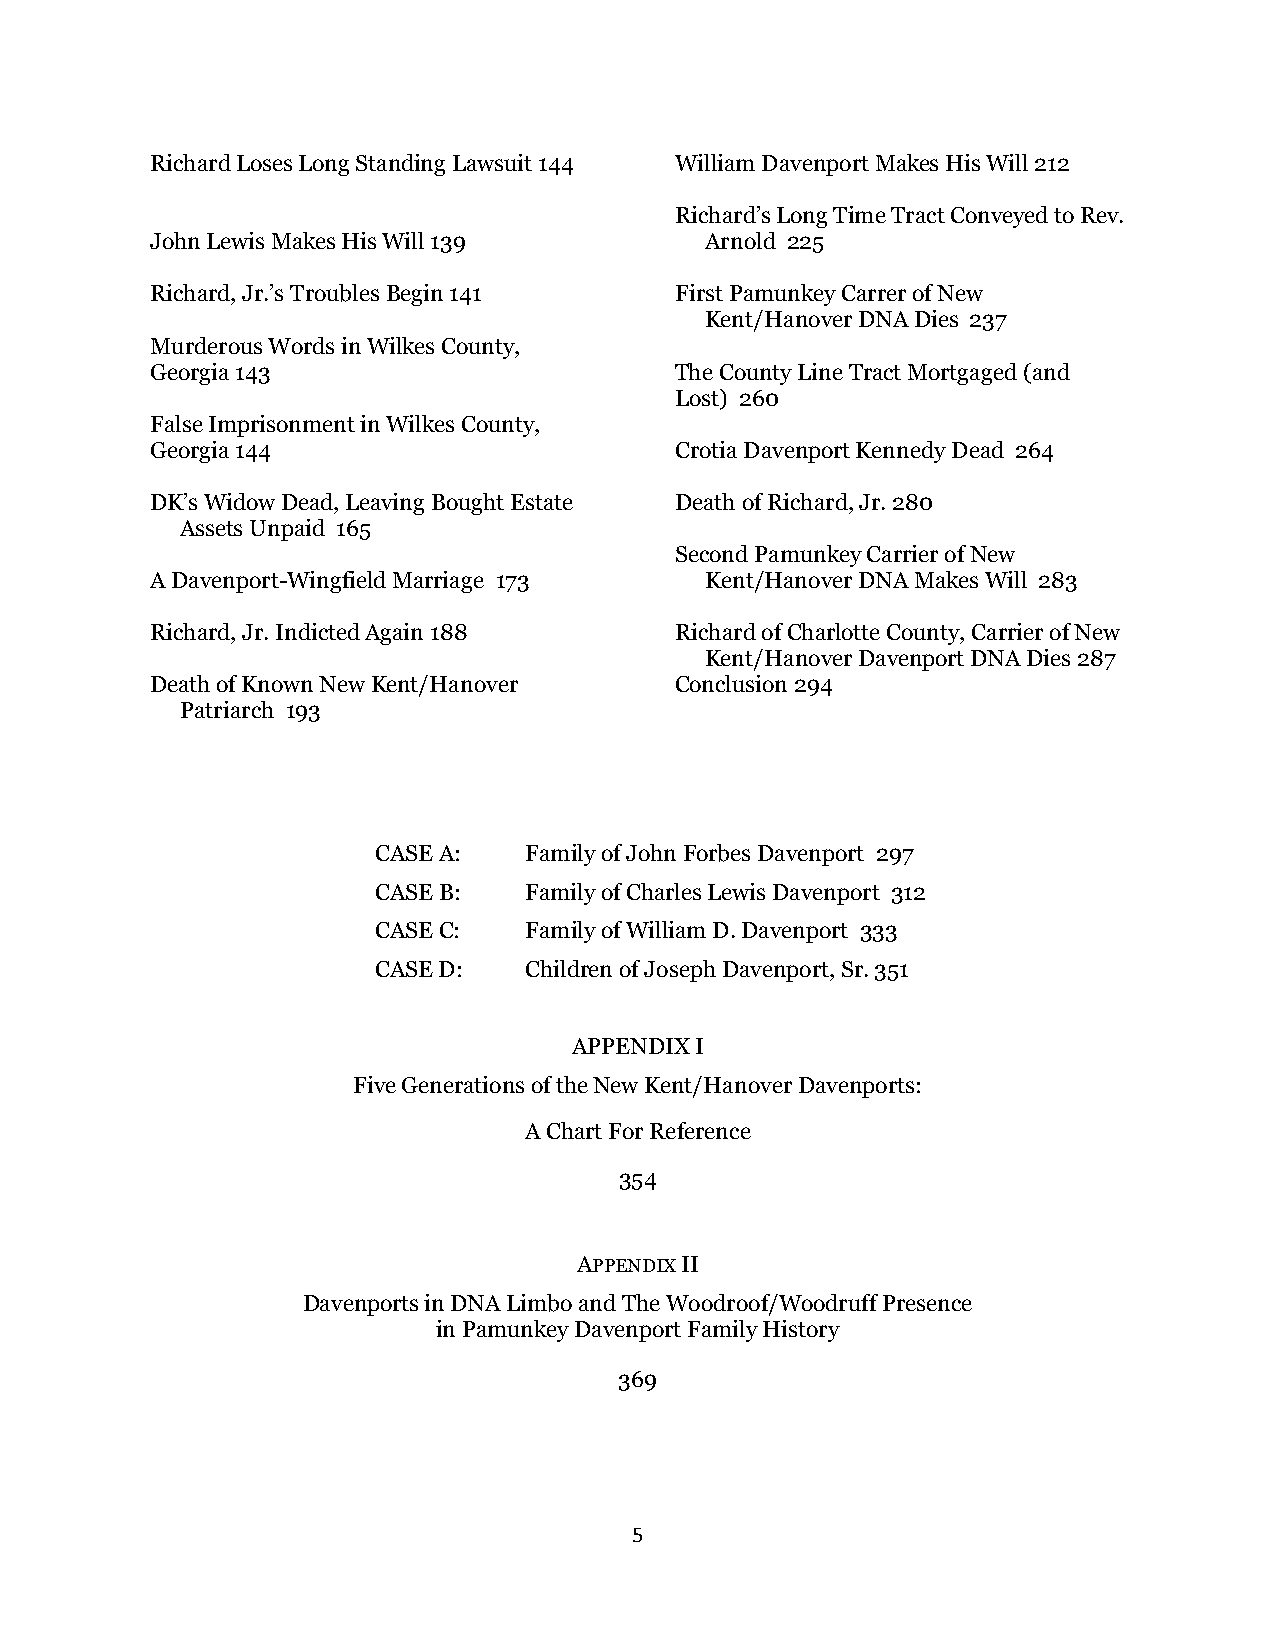
Richard Loses Long Standing Lawsuit 144 William Davenport Makes His Will 212
 Richard’s Long Time Tract Conveyed to Rev.
 John Lewis Makes His Will 139        Arnold 225
 Richard, Jr.’s Troubles Begin 141  First Pamunkey Carrer of New
 Kent/Hanover DNA Dies 237
 Murderous Words in Wilkes County,
 Georgia 143                        The County Line Tract Mortgaged (and
 Lost) 260
 False Imprisonment in Wilkes County,
 Georgia 144                        Crotia Davenport Kennedy Dead 264
 DK’s Widow Dead, Leaving Bought Estate Death of Richard, Jr. 280
 Assets Unpaid 165
 Second Pamunkey Carrier of New
 A Davenport-Wingfield Marriage 173   Kent/Hanover DNA Makes Will 283
 Richard, Jr. Indicted Again 188    Richard of Charlotte County, Carrier of New
 Kent/Hanover Davenport DNA Dies 287
 Death of Known New Kent/Hanover    Conclusion 294
 Patriarch 193
 CASE A:   Family of John Forbes Davenport 297
 CASE B:   Family of Charles Lewis Davenport 312
 CASE C:   Family of William D. Davenport 333
 CASE D:   Children of Joseph Davenport, Sr. 351
 APPENDIX I
 Five Generations of the New Kent/Hanover Davenports:
 A Chart For Reference
 354
 APPENDIX II
 Davenports in DNA Limbo and The Woodroof/Woodruff Presence
 in Pamunkey Davenport Family History
 369
 5